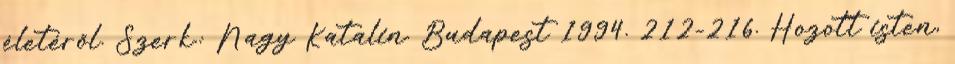
életéről. Szerk.: Nagy Katalin. Budapest 1994. 212-216. Hozott isten,